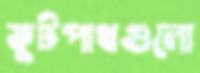
ফুটপাথগুলো